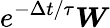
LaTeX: e^{-\Delta t/\tau}\boldsymbol{W}